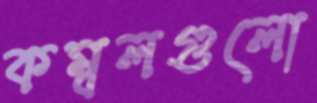
কম্বলগুলো